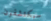
سيكتشفون